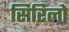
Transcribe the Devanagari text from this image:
सिरिलो